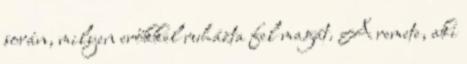
során, milyen erőkkel ruházta fel magát. A remete, aki